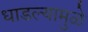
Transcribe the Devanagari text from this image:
धाडल्यामुळे